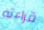
قراءته